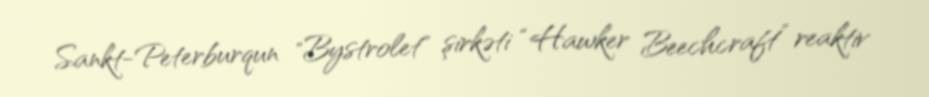
Sankt-Peterburqun "Bystrolet" şirkəti “Hawker Beechcraft” reaktiv